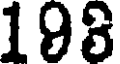
198